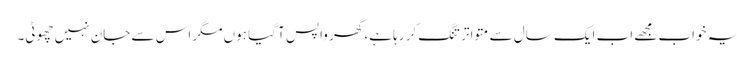
یہ خواب مجھے اب ایک سال سے متواتر تنگ کر رہا ہے، گھر واپس آ گیا ہوں مگر اس سے جان نہیں چھوٹی۔